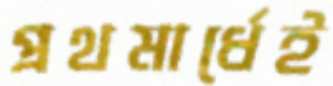
প্রথমার্ধেই